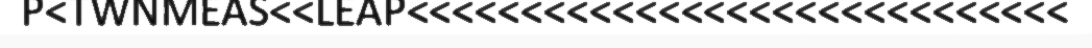
P<TWNMEAS<<LEAP<<<<<<<<<<<<<<<<<<<<<<<<<<<<<